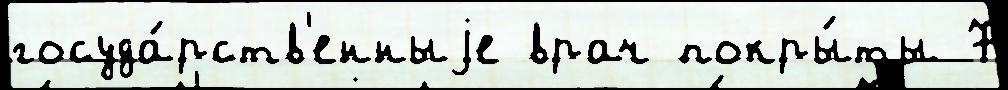
госуда́рств'енныjе врач покры́ты 7